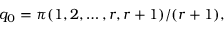
q _ { 0 } = \pi ( 1 , 2 , \ldots , r , r + 1 ) / ( r + 1 ) ,